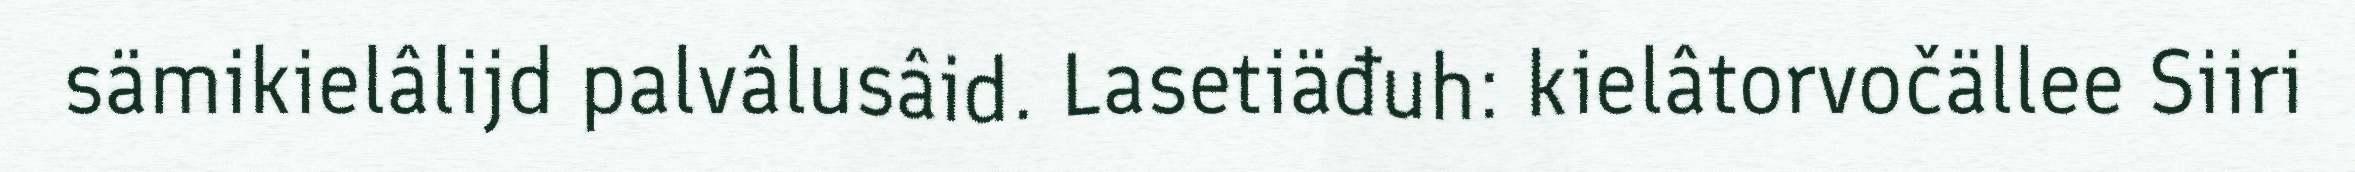
sämikielâlijd palvâlusâid. Lasetiäđuh: kielâtorvočällee Siiri